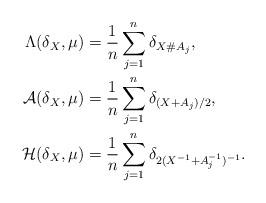
LaTeX: \begin{align*}\Lambda(\delta_{X},\mu)&=\frac{1}{n}\sum_{j=1}^{n}\delta_{X\#A_{j}},\\{\mathcal A}(\delta_{X},\mu)&=\frac{1}{n}\sum_{j=1}^{n}\delta_{(X+A_{j})/2},\\{\mathcal H}(\delta_{X},\mu)&=\frac{1}{n}\sum_{j=1}^{n}\delta_{2(X^{-1}+A_{j}^{-1})^{-1}}.\end{align*}